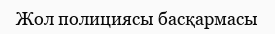
Жол полициясы басқармасы